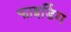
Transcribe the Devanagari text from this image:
फाइडिंग